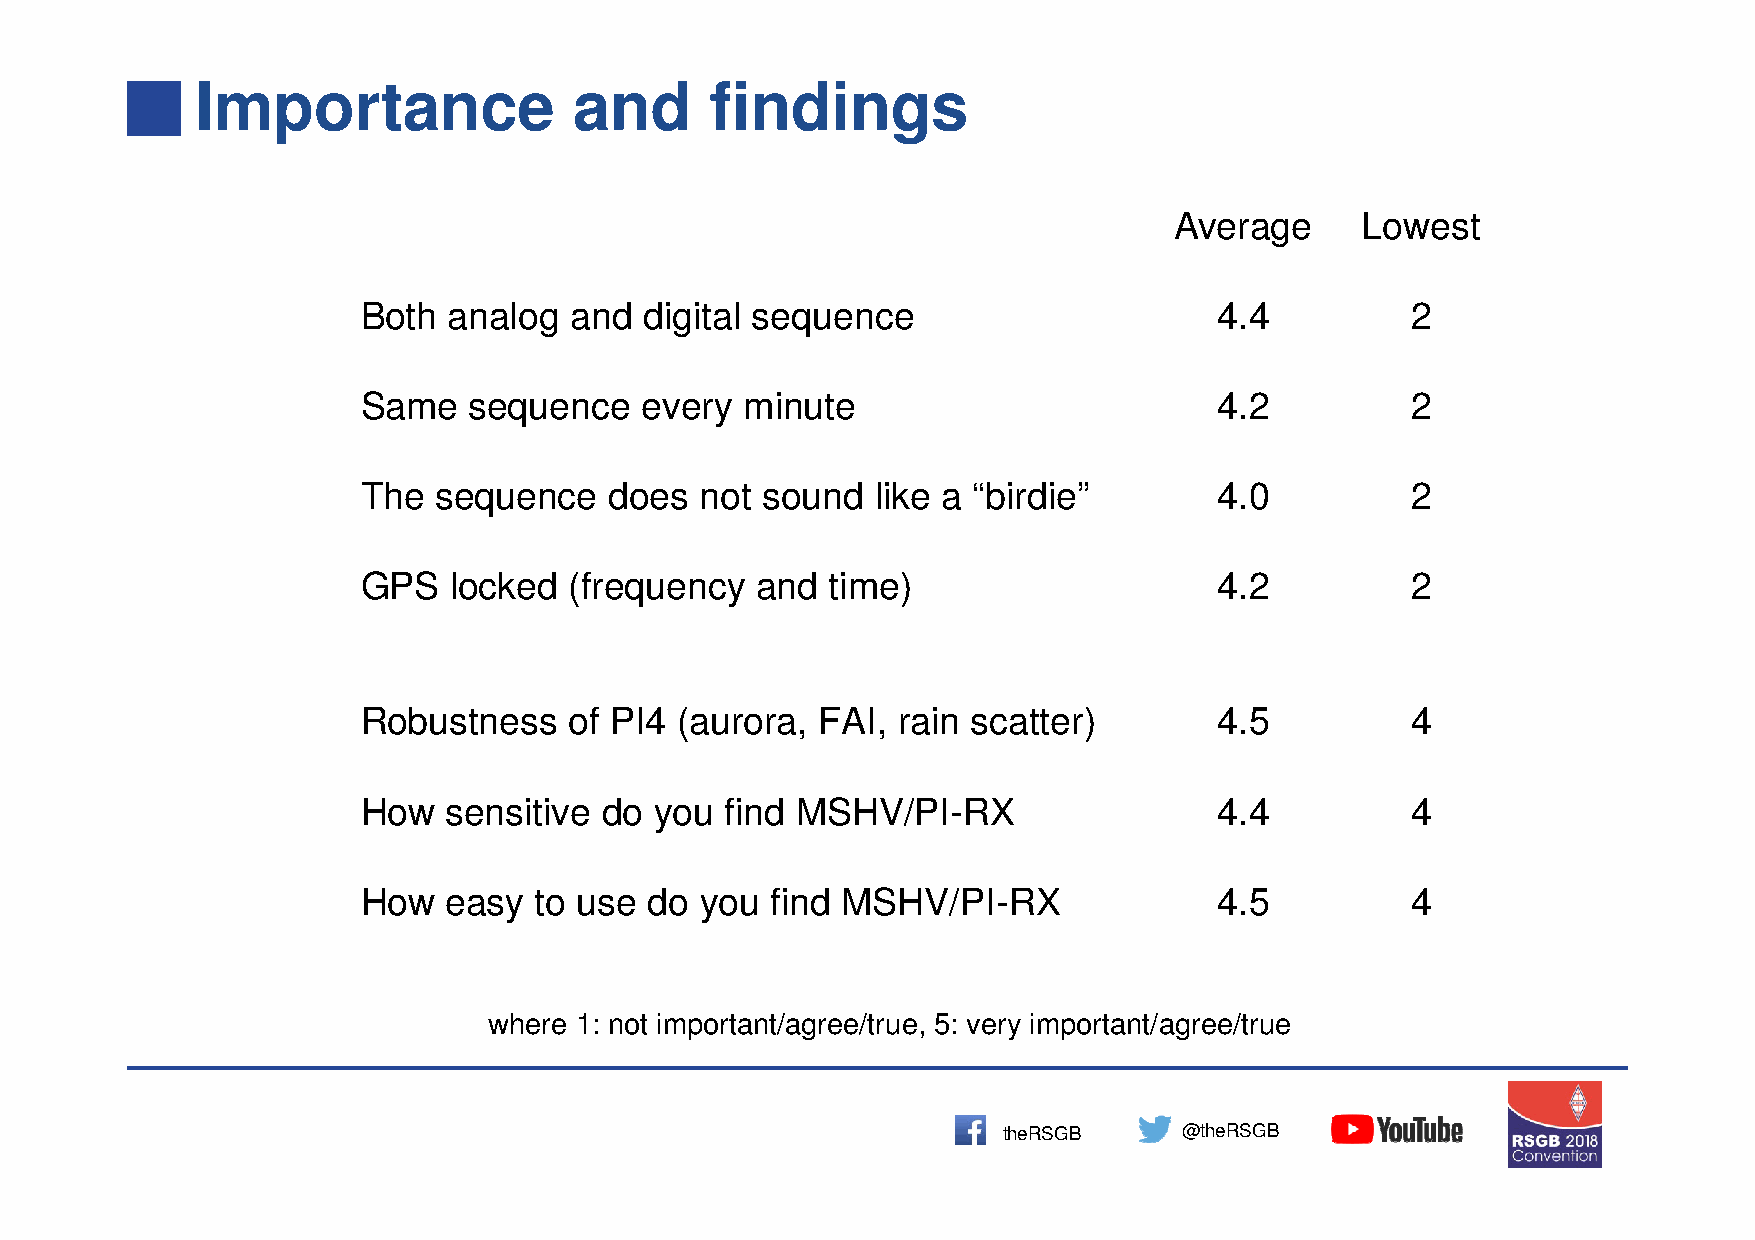
Importance               and      findings
 Average     Lowest
 Both  analog  and  digital sequence                      4.4         2
 Same   sequence   every  minute                          4.2         2
 The  sequence   does  not sound   like a “birdie”        4.0         2
 GPS   locked  (frequency  and  time)                     4.2         2
 Robustness    of PI4 (aurora, FAI, rain scatter)         4.5         4
 How   sensitive do you  find MSHV/PI-RX                  4.4         4
 How   easy to use  do you  find MSHV/PI-RX               4.5         4
 where 1: not important/agree/true, 5: very important/agree/true
 theRSGB     @theRSGB